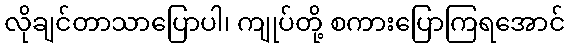
လိုချင်တာသာပြောပါ၊ ကျုပ်တို့ စကားပြောကြရအောင်